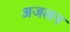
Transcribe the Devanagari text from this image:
अजलन